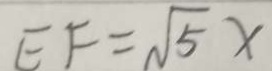
E F = \sqrt { 5 } x